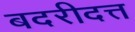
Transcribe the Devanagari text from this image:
बदरीदत्त